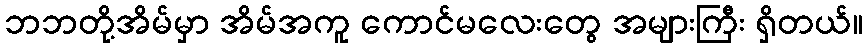
ဘဘတို့အိမ်မှာ အိမ်အကူ ကောင်မလေးတွေ အများကြီး ရှိတယ်။